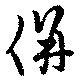
併